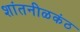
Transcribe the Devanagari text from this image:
शांतनीळकंठ